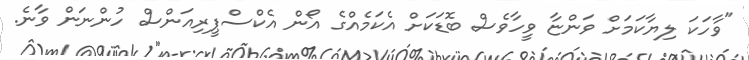
"ވާހަކަ ލިޔާކަމަށް ވަންޏާ ވީހާވެސް ބޮޑަކަށް އެކަމެއްގެ އޯން އެކްސްޕީރިއަންސް ހުންނަން ވާނެ.